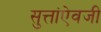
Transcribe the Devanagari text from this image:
सुत्तांऐवजी